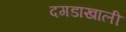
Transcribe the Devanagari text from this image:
दगडाखाली